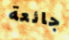
جائعة